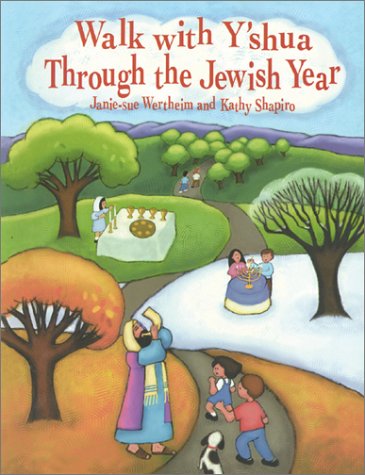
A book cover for Walk With Y'Shua Through the Jewish Year; Janie-Sue Wertheim; Children's Books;